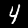
Digit: 4